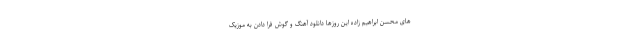
های محسن ابراهیم زاده این روزها دانلود آهنگ و گوش فرا دادن به موزیک